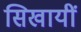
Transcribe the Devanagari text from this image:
सिखायीं